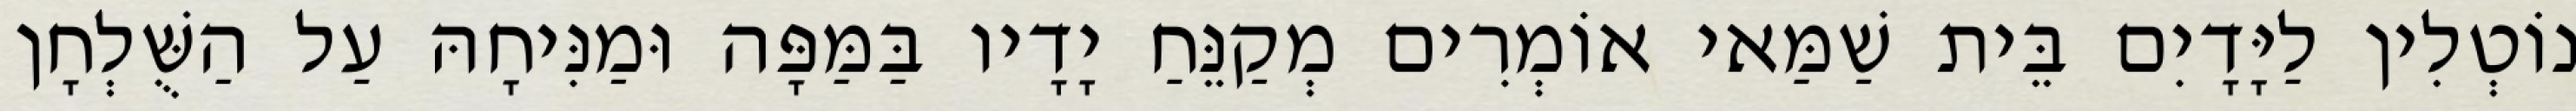
נוֹטְלִין לַיָּדָיִם בֵּית שַׁמַּאי אוֹמְרִים מְקַנֵּחַ יָדָיו בַּמַּפָּה וּמַנִּיחָהּ עַל הַשֻּׁלְחָן